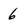
Character: 6